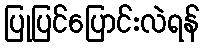
ပြုပြင်ပြောင်းလဲရန်